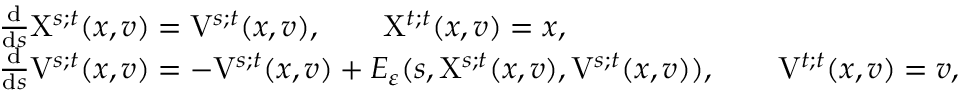
\begin{array} { r l } & { \frac { \mathrm { d } } { \mathrm { d } s } \mathrm { X } ^ { s ; t } ( x , v ) = \mathrm { V } ^ { s ; t } ( x , v ) , \qquad \mathrm { X } ^ { t ; t } ( x , v ) = x , } \\ & { \frac { \mathrm { d } } { \mathrm { d } s } \mathrm { V } ^ { s ; t } ( x , v ) = - \mathrm { V } ^ { s ; t } ( x , v ) + E _ { \varepsilon } ( s , \mathrm { X } ^ { s ; t } ( x , v ) , \mathrm { V } ^ { s ; t } ( x , v ) ) , \qquad \mathrm { V } ^ { t ; t } ( x , v ) = v , } \end{array}